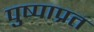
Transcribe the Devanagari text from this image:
पुष्पाप्रत